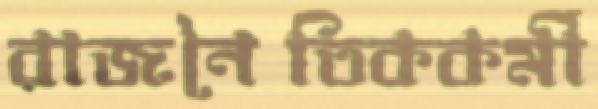
রাজনৈতিককর্মী